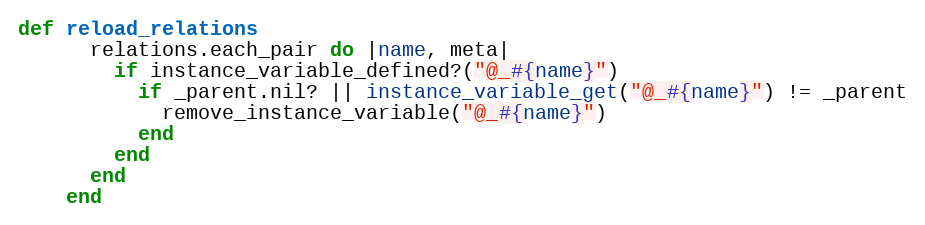
Language: Ruby
def reload_relations
      relations.each_pair do |name, meta|
        if instance_variable_defined?("@_#{name}")
          if _parent.nil? || instance_variable_get("@_#{name}") != _parent
            remove_instance_variable("@_#{name}")
          end
        end
      end
    end